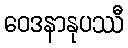
ဝေဒနာနုပဿီ